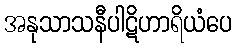
အနုသာသနီပါဋိဟာရိယံပေ